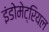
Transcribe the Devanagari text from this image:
इंडोमेट्रियल